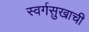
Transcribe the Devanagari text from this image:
स्वर्गसुखाची